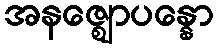
အနဇ္ဈောပန္နော